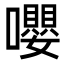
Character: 嚶